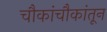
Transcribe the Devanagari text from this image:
चौकांचौकांतून